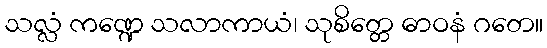
သလ္လံ ကဏ္ဍေ သလာကာယံ၊ သုစိတ္တေ ဓာဝနံ ဂတေ။